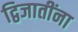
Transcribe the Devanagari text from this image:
द्विजातींना